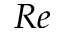
R e